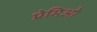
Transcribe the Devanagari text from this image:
प्रेमिओ